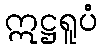
ဣဋ္ဌရူပံ